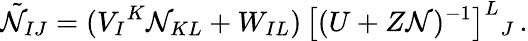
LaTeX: \tilde{\cal N}_{IJ}=(V_{I}{}^{K}{\cal N}_{KL}+W_{IL})\, \big[(U+Z{\cal N})^{-1}\big]^{L}{}_{J}\, .